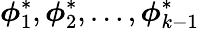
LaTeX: \boldsymbol{\phi}_{1}^{*},\boldsymbol{\phi}_{2}^{*},\ldots,\boldsymbol{\phi}_{k-1}^{*}